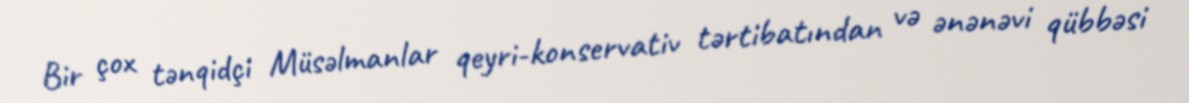
Bir çox tənqidçi Müsəlmanlar qeyri-konservativ tərtibatından və ənənəvi qübbəsi